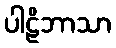
ပါဠိဘာသာ